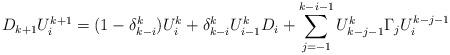
LaTeX: \begin{align*}D_{k+1}U^{k+1}_{i} = (1-\delta^k_{k-i})U^{k}_{i} + \delta_{k-i}^k U^{k}_{i-1}D_{i} + \sum\limits_{j=-1}^{k-i-1}U^k_{k-j-1}\Gamma_jU^{k-j-1}_{i}\end{align*}